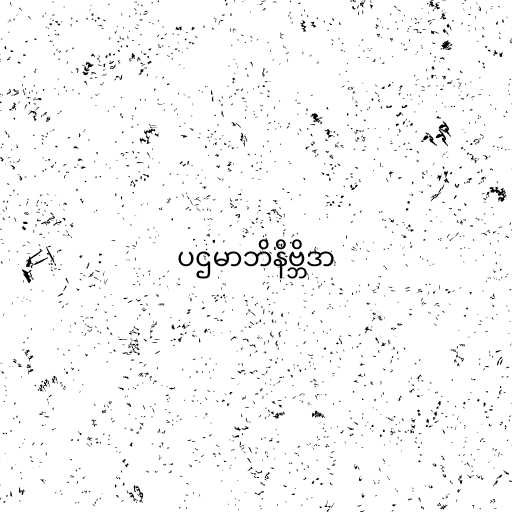
ပဌမာဘိနိဗ္ဘိဒာ